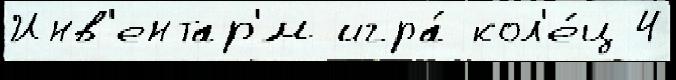
Инв'ентар'́м игра́ кол'е́ц 4